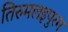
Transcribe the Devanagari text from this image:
तिरुमलइपुरम